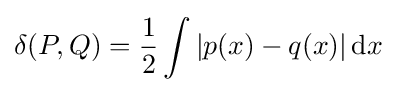
\delta (P,Q)={\frac {1}{2}}\int |p(x)-q(x)|\,\mathrm {d} x